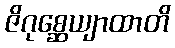
ဇိဂုစ္ဆေယျာထာတိ